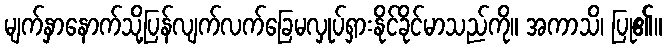
မျက်နှာနောက်သို့ပြန်လျက်လက်ခြေမလှုပ်ရှားနိုင်ခိုင်မာသည်ကို။ အကာသိ၊ ပြု၏။